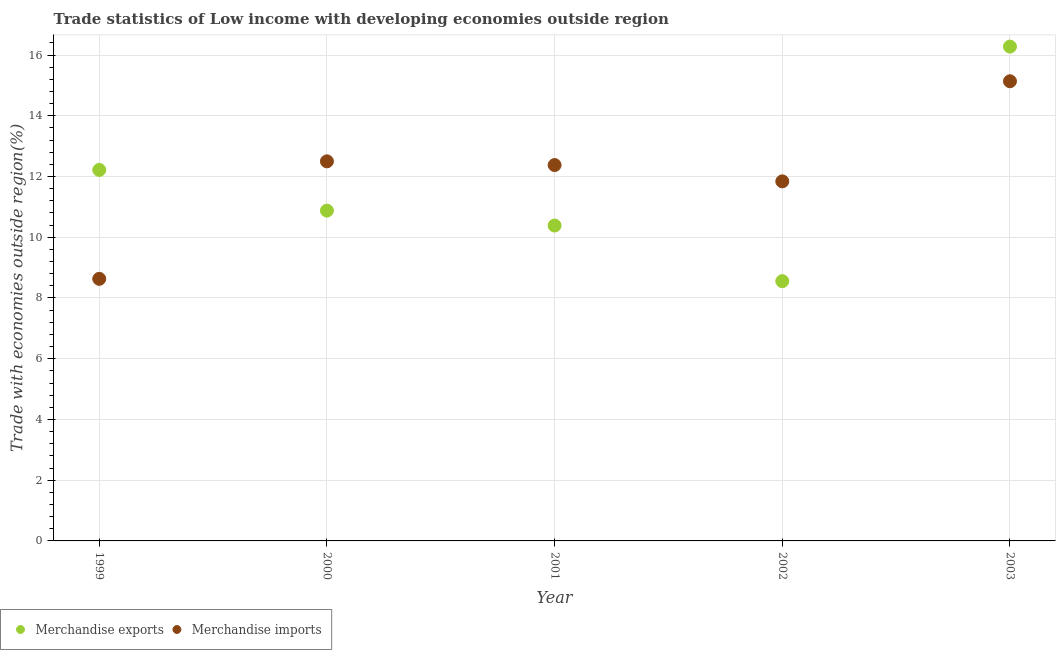
| Year | Merchandise exports | Merchandise imports |
 | --- | --- | --- |
 | 1999 | 12.2 | 8.63 |
 | 2000 | 10.9 | 12.5 |
 | 2001 | 10.4 | 12.4 |
 | 2002 | 8.55 | 11.8 |
 | 2003 | 16.3 | 15.1 |